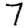
Digit: 7